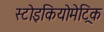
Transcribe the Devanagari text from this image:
स्टोइकियोमेट्रिक